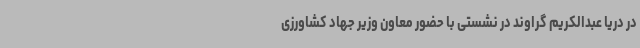
در دریا عبدالکریم گراوند در نشستی با حضور معاون وزیر جهاد کشاورزی